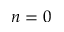
n = 0